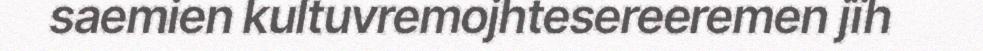
saemien kultuvremojhtesereeremen jïh